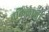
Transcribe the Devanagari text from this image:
वकिलाशी